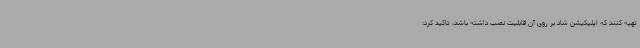
تهیه کنند که اپلیکیشن شاد بر روی آن قابلیت نصب داشته باشد، تاکید کرد: